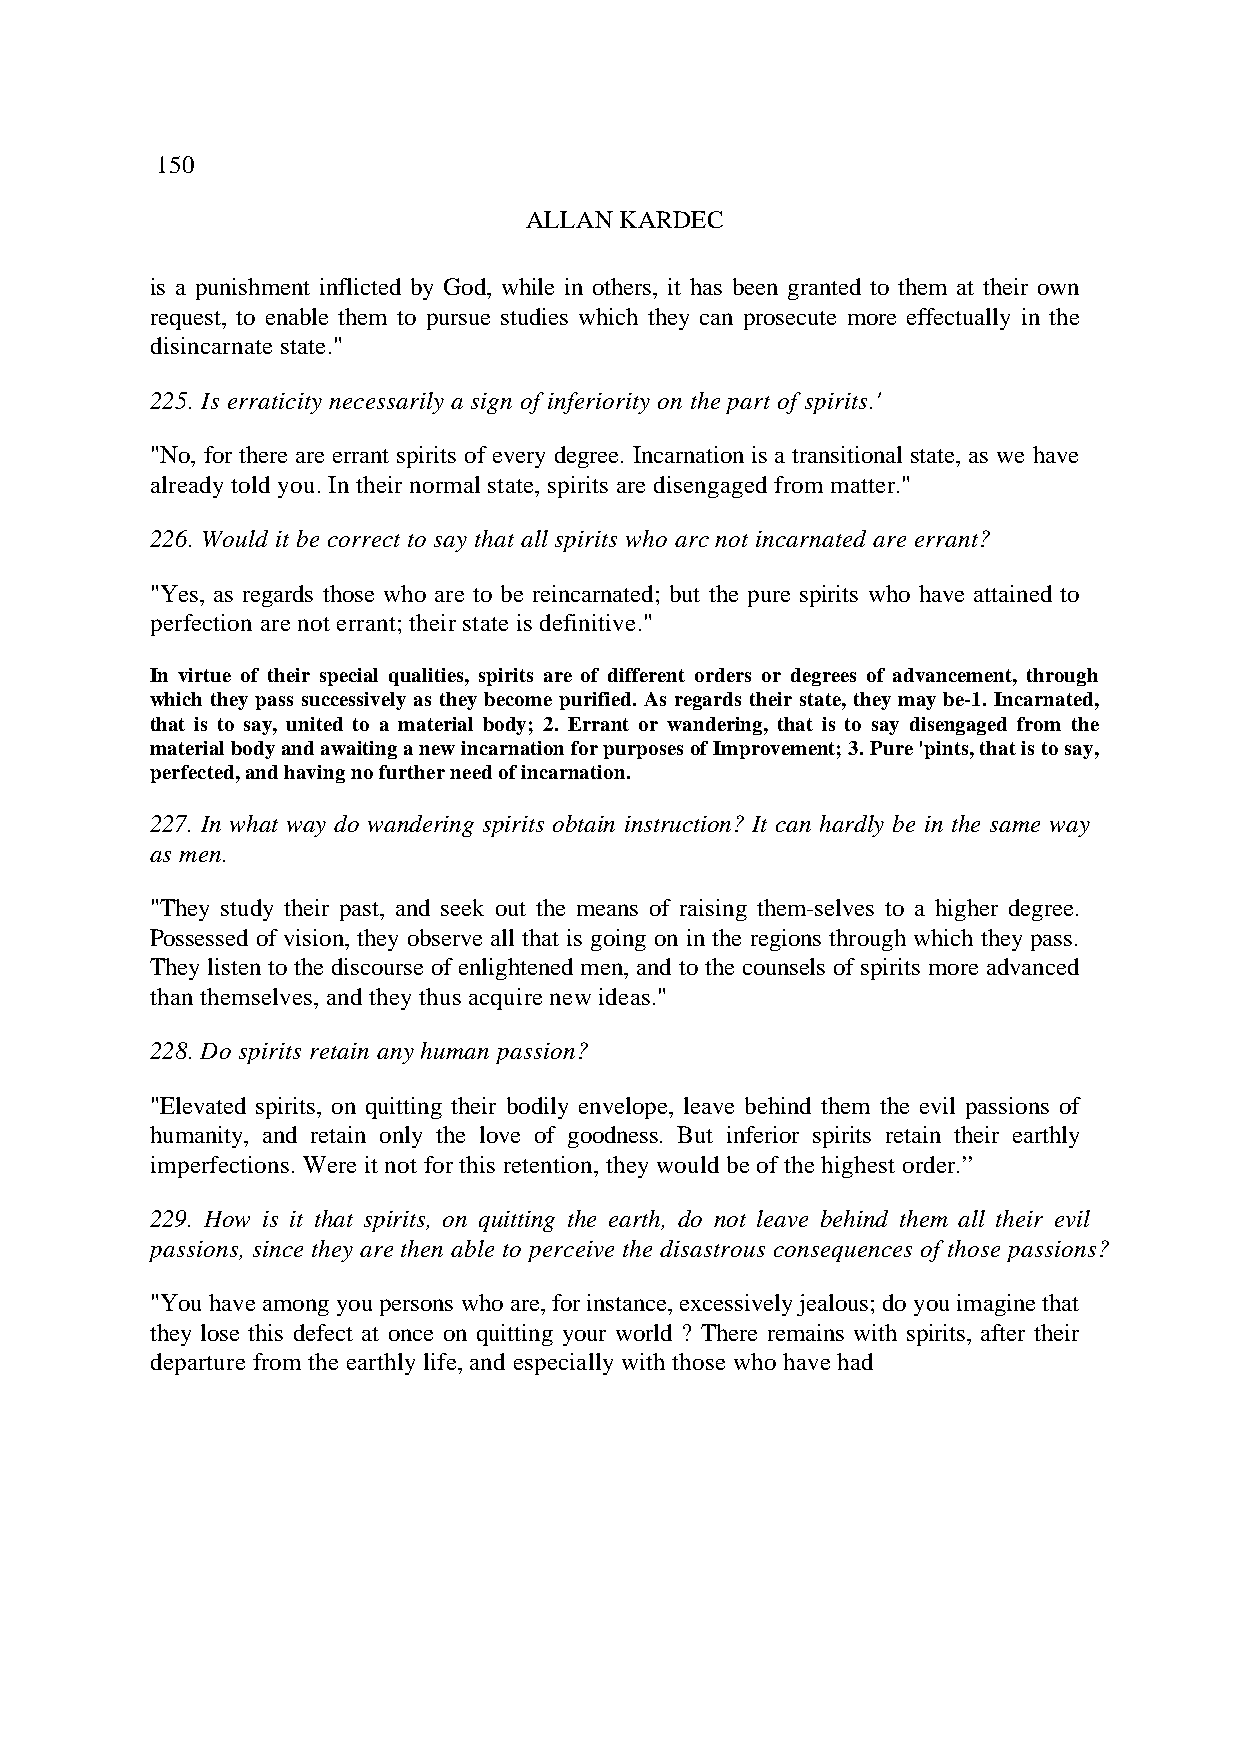
150
 ALLAN KARDEC
 is a punishment inflicted by God, while in others, it has been granted to them at their own
 request, to enable them to pursue studies which they can prosecute more effectually in the
 disincarnate state."
 225. Is erraticity necessarily a sign of inferiority on the part of spirits.'
 "No, for there are errant spirits of every degree. Incarnation is a transitional state, as we have
 already told you. In their normal state, spirits are disengaged from matter."
 226. Would it be correct to say that all spirits who arc not incarnated are errant?
 "Yes, as regards those who are to be reincarnated; but the pure spirits who have attained to
 perfection are not errant; their state is definitive."
 In virtue of their special qualities, spirits are of different orders or degrees of advancement, through
 which they pass successively as they become purified. As regards their state, they may be-1. Incarnated,
 that is to say, united to a material body; 2. Errant or wandering, that is to say disengaged from the
 material body and awaiting a new incarnation for purposes of Improvement; 3. Pure 'pints, that is to say,
 perfected, and having no further need of incarnation.
 227. In what way do wandering spirits obtain instruction? It can hardly be in the same way
 as men.
 "They study their past, and seek out the means of raising them-selves to a higher degree.
 Possessed of vision, they observe all that is going on in the regions through which they pass.
 They listen to the discourse of enlightened men, and to the counsels of spirits more advanced
 than themselves, and they thus acquire new ideas."
 228. Do spirits retain any human passion?
 "Elevated spirits, on quitting their bodily envelope, leave behind them the evil passions of
 humanity, and retain only the love of goodness. But inferior spirits retain their earthly
 imperfections. Were it not for this retention, they would be of the highest order.”
 229. How is it that spirits, on quitting the earth, do not leave behind them all their evil
 passions, since they are then able to perceive the disastrous consequences of those passions?
 "You have among you persons who are, for instance, excessively jealous; do you imagine that
 they lose this defect at once on quitting your world ? There remains with spirits, after their
 departure from the earthly life, and especially with those who have had